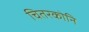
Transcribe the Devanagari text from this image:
चितरकोनि